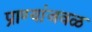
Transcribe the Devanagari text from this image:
प्राण्यांजवळ